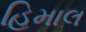
હિમાલ